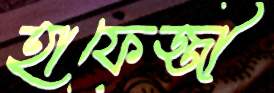
হাফেজ্জী